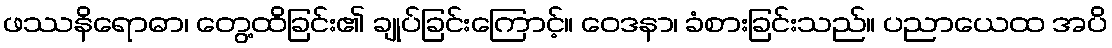
ဖဿနိရောဓာ၊ တွေ့ထိခြင်း၏ ချုပ်ခြင်းကြောင့်။ ဝေဒနာ၊ ခံစားခြင်းသည်။ ပညာယေထ အပိ